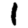
Digit: 1